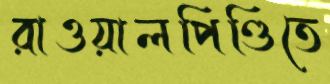
রাওয়ালপিণ্ডিতে